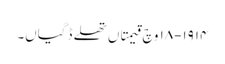
١٩١٤-١٨ وچ قیمتاں تھلے ڈگیاں۔